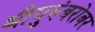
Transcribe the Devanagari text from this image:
श्रीगुरुंंबरोबर